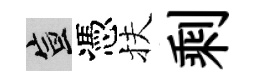
宣憑扶剩